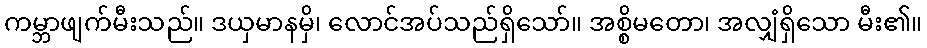
ကမ္ဘာဖျက်မီးသည်။ ဒယှမာနမှိ၊ လောင်အပ်သည်ရှိသော်။ အစ္စိမတော၊ အလျှံရှိသော မီး၏။